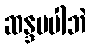
ဆန္ဒမပါဘဲ